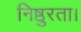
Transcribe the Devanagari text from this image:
निष्ठुरता।